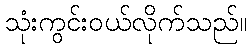
သုံးကွင်းဝယ်လိုက်သည်။